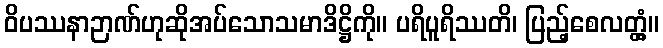
ဝိပဿနာဉာဏ်ဟုဆိုအပ်သောသမာဒိဋ္ဌိကို။ ပရိပူရိဿတိ၊ ပြည့်စေလတ္တံ့။